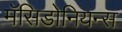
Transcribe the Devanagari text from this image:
मॅसिडोनियन्स